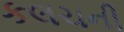
કલચની